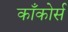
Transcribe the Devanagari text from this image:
काँकोर्स